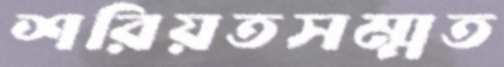
শরিয়তসম্মত